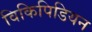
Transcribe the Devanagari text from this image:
विकिपिडियन